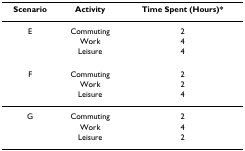
| Scenario | Activity | Time Spent (Hours)* |
 | --- | --- | --- |
 | E | Commuting | 2 |
 |  | Work | 4 |
 |  | Leisure | 4 |
 | F | Commuting | 2 |
 |  | Work | 2 |
 |  | Leisure | 4 |
 | G | Commuting | 2 |
 |  | Work | 4 |
 |  | Leisure | 2 |